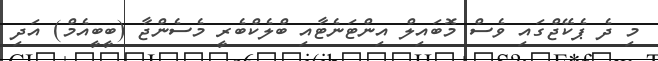
މި ދެ ޕެކޭޖްގައި ވެސް މޮބައިލް އިންޓަނެޓާއި ބްލެކްބެރީ މެސެންޖާ (ބީބީއެމް) އަދި